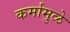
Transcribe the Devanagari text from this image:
कर्मामुळे